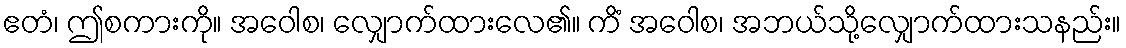
ဧတံ၊ ဤစကားကို။ အဝေါစ၊ လျှောက်ထားလေ၏။ ကိံ အဝေါစ၊ အဘယ်သို့လျှောက်ထားသနည်း။